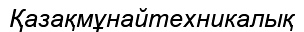
Қазақмұнайтехникалық